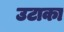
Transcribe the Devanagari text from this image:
उटाका